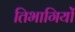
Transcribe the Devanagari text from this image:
तिभागियों